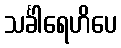
သင်္ခါရေဟိပေ